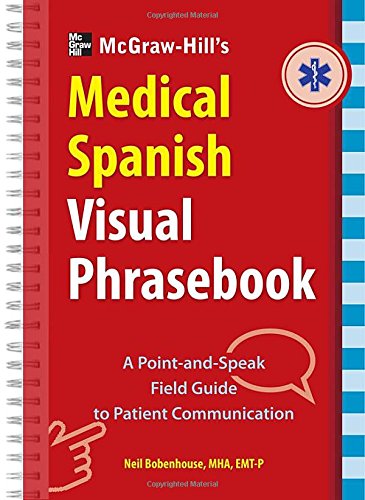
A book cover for McGraw-Hill Education's Medical Spanish Visual Phrasebook: 825 Questions & Responses; Neil Bobenhouse; Travel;